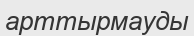
арттырмауды